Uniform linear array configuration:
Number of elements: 48
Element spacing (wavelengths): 1
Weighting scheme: hamming
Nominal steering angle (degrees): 45
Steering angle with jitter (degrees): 46.204
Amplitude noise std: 0.05
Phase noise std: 0.05

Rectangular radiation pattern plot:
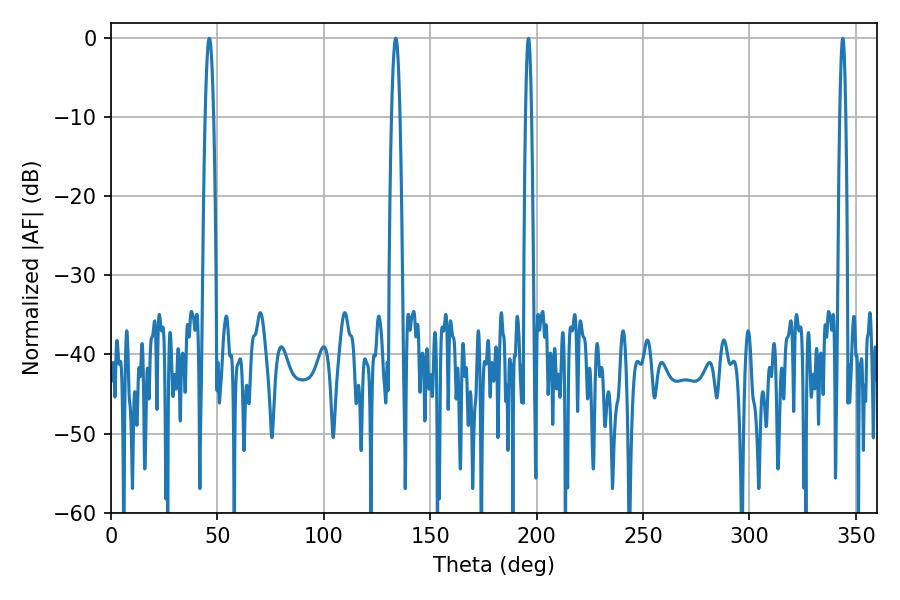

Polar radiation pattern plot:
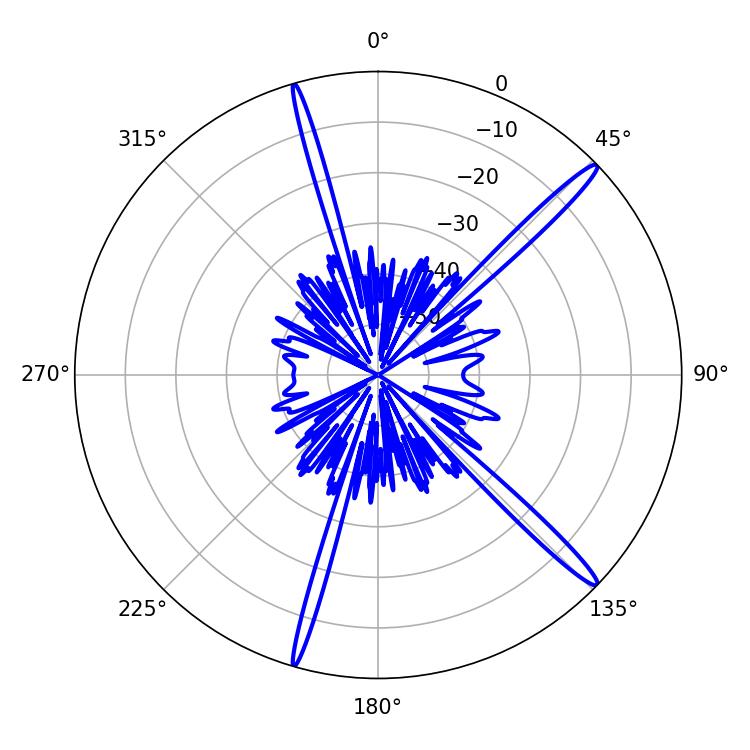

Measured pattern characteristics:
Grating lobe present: TRUE
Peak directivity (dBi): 16.617
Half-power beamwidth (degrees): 1.44
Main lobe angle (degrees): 343.8